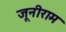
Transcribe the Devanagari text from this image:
जूनीराम